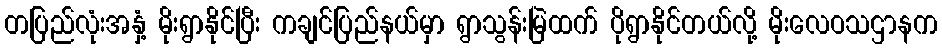
တပြည်လုံးအနှံ့ မိုးရွာနိုင်ပြီး ကချင်ပြည်နယ်မှာ ရွာသွန်းမြဲထက် ပိုရွာနိုင်တယ်လို့ မိုးလေဝသဌာနက